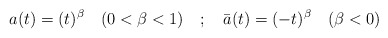
\begin{align*}a(t) = (t)^{\beta} \quad (0 <\beta < 1) \quad ; \quad \bar a(t)=(-t)^{\beta} \quad (\beta <0)\end{align*}